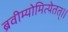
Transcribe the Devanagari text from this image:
ब्रवीम्योमित्येतत्।।